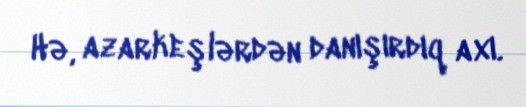
Hə, azarkeşlərdən danışırdıq axı.